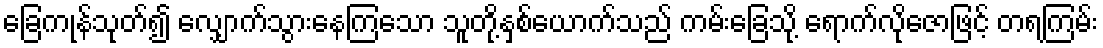
ခြေကုန်သုတ်၍ လျှောက်သွားနေကြသော သူတို့နှစ်ယောက်သည် ကမ်းခြေသို့ ရောက်လိုဇောဖြင့် တရကြမ်း